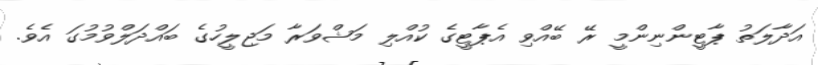
އަދާލަތު ޕާޓީންނިންމީ ރޭ ބޭއްވި އެޕާޓީގެ ކުއްލި މަޝްވަރާ މަޖިލީހުގެ ބައްދަލްވުމުގަ އެވެ.